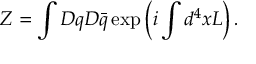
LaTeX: Z = \int { \cal D } q { \cal D } \bar { q } \exp \left( i \int d ^ { 4 } x { \cal L } \right) .